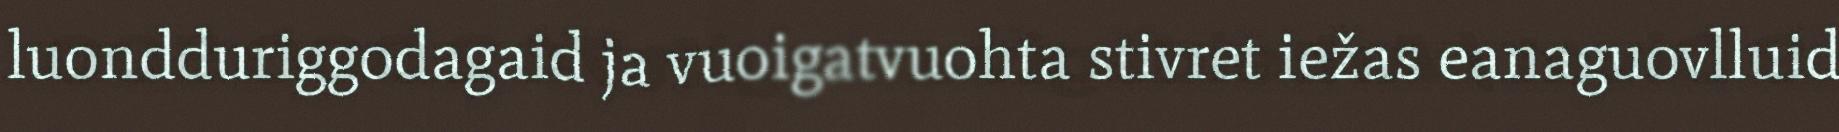
luondduriggodagaid ja vuoigatvuohta stivret iežas eanaguovlluid